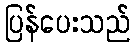
ပြန်ပေးသည်